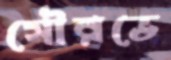
সৌরভে